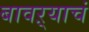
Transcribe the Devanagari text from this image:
बावऱ्याचं